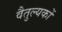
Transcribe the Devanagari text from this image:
वैतुल्यकों